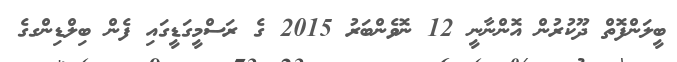
ބީލަންފޮތް ދޫކުރުން އޮންނާނީ 12 ނޮވެންބަރު 2015 ގެ ރަސްމީގަޑީގައި ފެން ބިލްޑިންގގެ